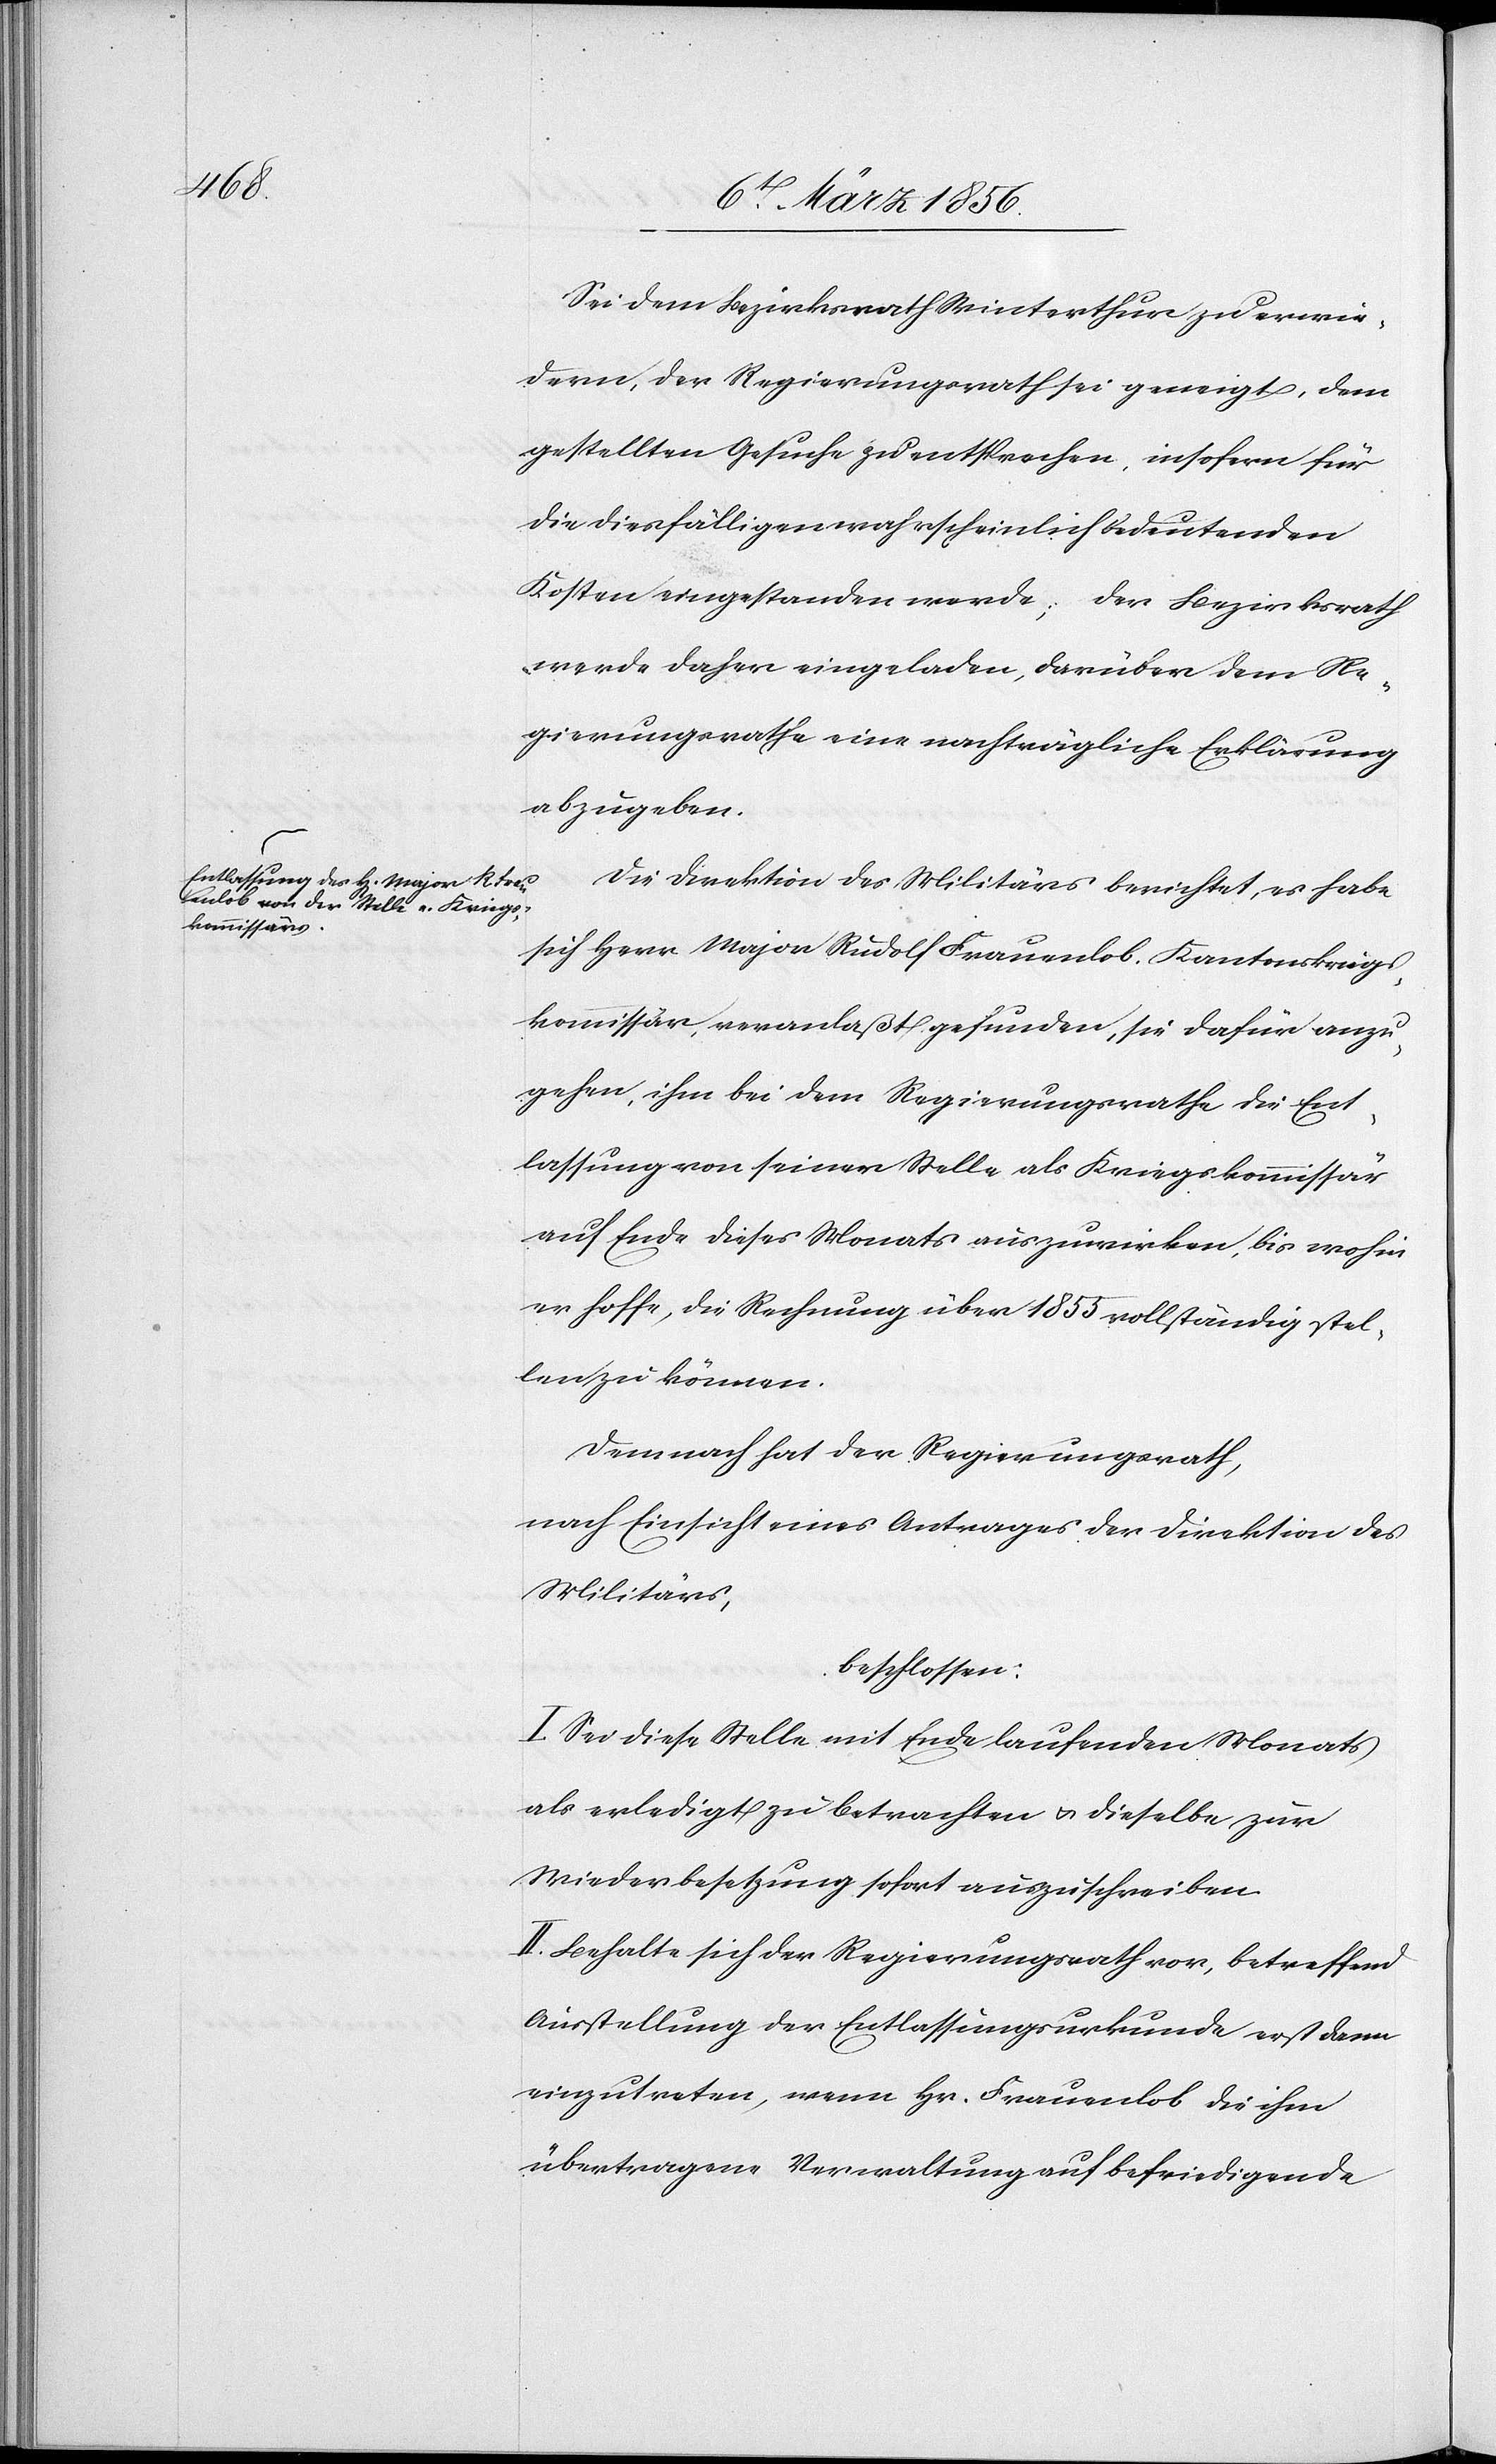
Sei dem Bezirksrath Winterthur zu erwie¬
dern, der Regierungsrath sei geneigt, dem
gestellten Gesuche zu entsprechen, insofern für
die diesfälligen wahrscheinlich bedeutenden
Kosten eingestanden werde; der Bezirksrath
werde daher eingeladen, darüber dem Re¬
gierungsrathe eine nachträgliche Erklärung
abzugeben.
Die Direktion des Militärs berichtet, es habe
sich Herr Major Rudolf Frauenlob, Kantonskriegs¬
kommissär, veranlaßt gefunden, sie dafür anzu¬
gehen, ihm bei dem Regierungsrathe die Ent¬
lassung von seiner Stelle als Kriegskommissär
auf Ende dieses Monats auszuwirken, bis wohin
er hoffe, die Rechnung über 1855 vollständig stel¬
len zu können.
Demnach hat der Regierungsrath,
nach Einsicht eines Antrages der Direktion des
Militärs,
beschlossen:
I. Sei diese Stelle mit Ende laufenden Monats
als erledigt zu betrachten u. dieselbe zur
Wiederbesetzung sofort auszuschreiben.
II. Behalte sich der Regierungsrath vor, betreffend
Ausstellung der Entlassungsurkunde erst dann
einzutreten, wenn Hr. Frauenlob die ihm
übertragene Verwaltung auf befriedigende